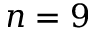
n = 9